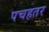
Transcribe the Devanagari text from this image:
पचहतर